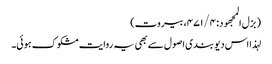
( بزل المجھود : ۴۷۱/۴، بیروت)
لہذا اس دیو بندی اصول سے بھی یہ روایت مشکوک ہوئی۔